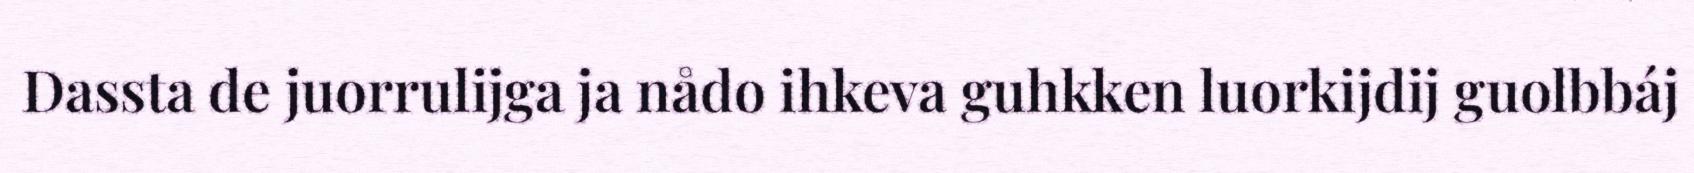
Dassta de juorrulijga ja nådo ihkeva guhkken luorkijdij guolbbáj